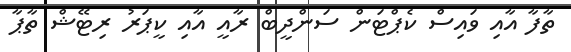
ތާފާ އާއި ވައިސް ކެޕްޓަން ސަންދީބް ރާއީ އާއި ކީޕަރު ރިޓޭޝް ތާޕާ